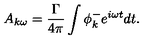
A _ { k \omega } = \frac { \Gamma } { 4 \pi } \int \phi _ { k } ^ { - } e ^ { i \omega t } d t .